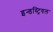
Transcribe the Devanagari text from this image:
इन्डस्ट्रियल